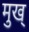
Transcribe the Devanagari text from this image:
मुख्